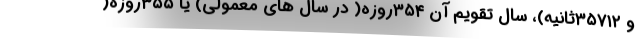
و ۳۵۷۱۲ثانیه)، سال تقویم آن ۳۵۴روزه( در سال های معمولی) یا ۳۵۵روزه(